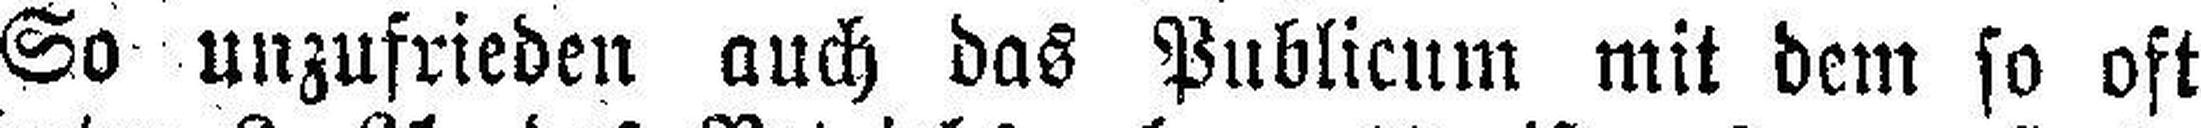
So unzufrieden auch das Publicum mit dem so oft